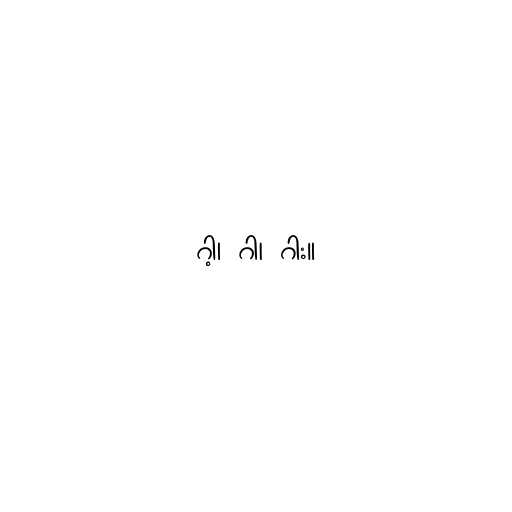
ဂါ့၊ ဂါ၊ ဂါး။